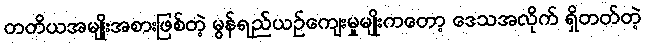
တတိယအမျိုးအစားဖြစ်တဲ့ မွန်ရည်ယဉ်ကျေးမှုမျိုးကတော့ ဒေသအလိုက် ရှိတတ်တဲ့